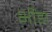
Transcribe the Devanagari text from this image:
भींडा